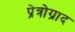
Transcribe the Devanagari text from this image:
प्रेत्रोग्राद